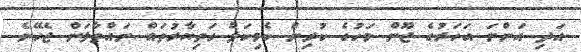
އަދި އަންނަ އަހަރުގެ ޖޫން މަހުގެ ކުރިން ކެމިކަލް ހަތިޔާރުތައް ނައްތާލަން ޖެހޭނެ